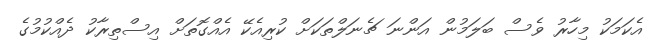
އެކަމަކު މިހާރު ވެސް ބަލަމުން އަންނަ ޗެނަލްތަކަށް ކުރިއެކޭ އެއްގޮތަށް އިސްތިރާކު ދެއްކުމުގެ